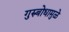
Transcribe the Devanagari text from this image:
गुरुबोधामुळे